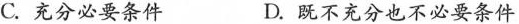
C.充分必要条件 D.既不充分也不必要条件